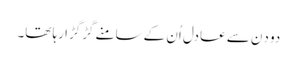
دو دِن سے عادل اُن کے سامنے گڑگڑا رہا تھا۔